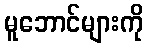
မူဘောင်များကို